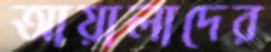
আয়ালাদের